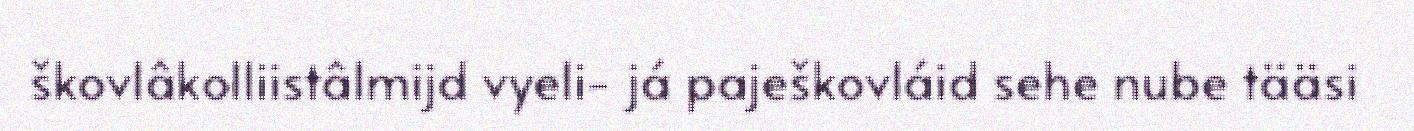
škovlâkolliistâlmijd vyeli- já paješkovláid sehe nube tääsi